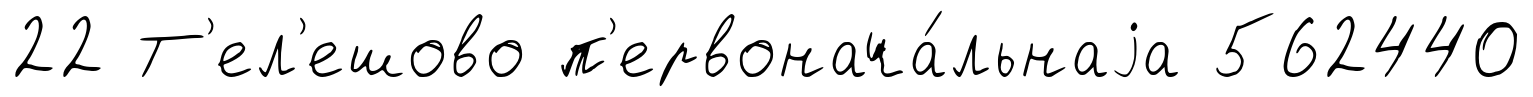
22 Т'ел'ешово п'ервонача́льнаjа 562440